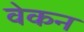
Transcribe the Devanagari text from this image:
वेकन